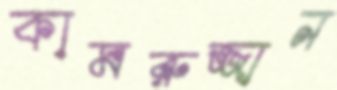
কামরুজ্জান